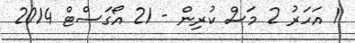
1 އަހަރު 2 މަސް ކުރިން - 21 އޯގަސްޓް 2014